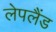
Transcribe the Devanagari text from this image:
लेपलैंड